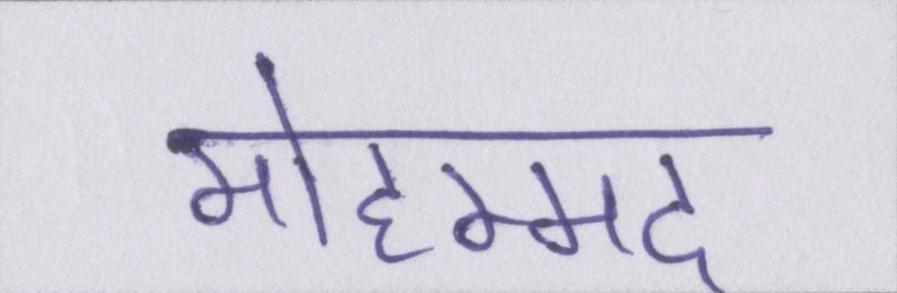
मोहम्मद